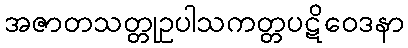
အဇာတသတ္တုဥပါသကတ္တပဋိဝေဒနာ